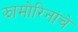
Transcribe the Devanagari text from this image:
झामोरिनांचे